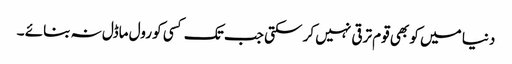
دنیا میں کو بھی قوم ترقی نہیں کر سکتی جب تک کسی کو رول ماڈل نہ بنائے ۔